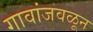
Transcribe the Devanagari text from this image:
गावांजवळून